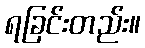
ရခြင်းတည်း။